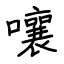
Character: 嚷